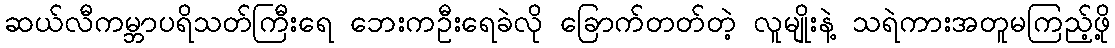
ဆယ်လီကမ္ဘာပရိသတ်ကြီးရေ ဘေးကဦးရေခဲလို ခြောက်တတ်တဲ့ လူမျိုးနဲ့ သရဲကားအတူမကြည့်ဖို့